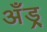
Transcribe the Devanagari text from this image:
अँड्र्